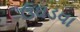
ઉઘડવા